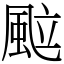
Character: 䬃